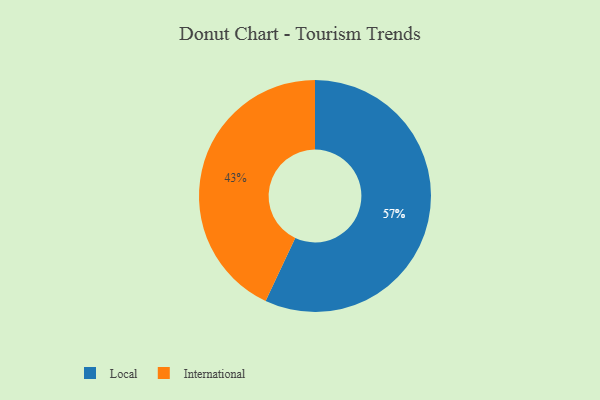
{"axis": {"x": "Category", "y": "Percentage"}, "legend": ["International", "Local"], "data": [{"x": "International", "y": 43, "type": "International"}, {"x": "Local", "y": 57, "type": "Local"}]}